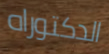
الدكتوراه